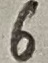
Text: 6